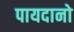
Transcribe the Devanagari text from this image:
पायदानो